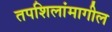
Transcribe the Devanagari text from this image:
तपशिलांमागील